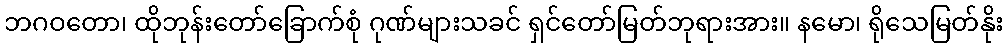
ဘဂဝတော၊ ထိုဘုန်းတော်ခြောက်စုံ ဂုဏ်များသခင် ရှင်တော်မြတ်ဘုရားအား။ နမော၊ ရိုသေမြတ်နိုး